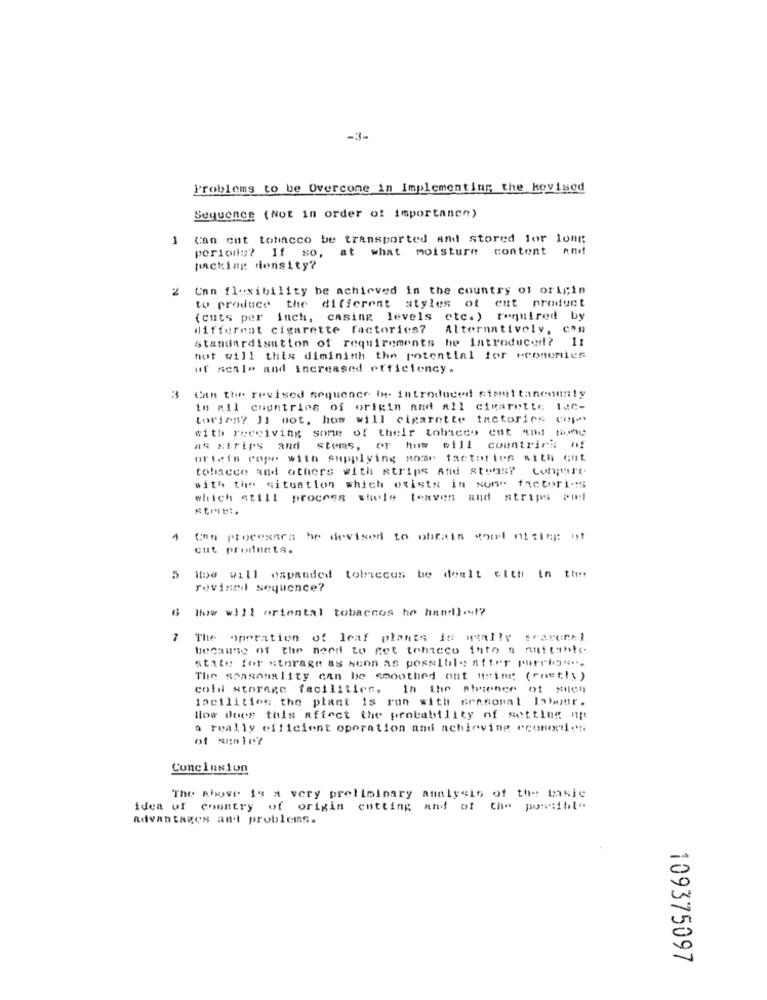
-3-
Problems to be Overcome in Implementing the kovised
Sequence (Not in order of importanen)
1
Can cut tobacco be transported and stored for long
periods? If so, at what moisture content and
packing density?
2
Can flexibility be achieved in the country of origin
to produce the different styles of cut product
(cuts per inch, casing levels etc.) required by
different cigarette factories? Alternatively, con
standardisation of requirements he introduced? It
not will this diminish the potential for economies
uf seale and increased efficiency.
3
Can the revised sequence be introduced simultaneously
in all countries of origin and all cigarette lac-
torjan? Ji mot, hos will cigarette factories cop
with receiving some of their tobacco ent and tiume
AS strips and
stems, or
how will
countries nf
orteis cope with supplying somr factories sith cut
tobacco and others with strips And stoas? Conpart.
with the situation which exists in some factories
which still process whole texves and strips Pod
Can procesara he devised to obrain soul nitleg of
cut products.
5
How will expanded tobiccus be dealt with in the
revised sequence?
How will oriental tobaccos he han].1?
1
The operation of leaf plants is wally season:1
because of the need to get tobacco into a suitable
state for storage as soon as possible after party"".
The seasonality can be smoothed ont using (roetts )
cold storage facilities. In the phcence of Milch
facilities the plant is run with seasonal labour.
How does this affect the probability of setting up
a really efficient operation and achieving economies
of scale?
Concinsiun
The above is a very preliminary analysis of the basic
idea of country of origin cutting and of the possible
advantages and problems.
109375097